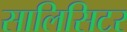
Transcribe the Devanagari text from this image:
सालिसिटर